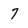
Character: 7